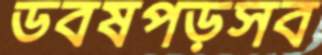
ডবষপড়সব